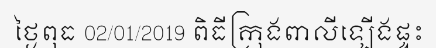
ថ្ងៃពុធ 02/01/2019 ពិធីក្រុងពាលីឡើងផ្ទះ